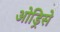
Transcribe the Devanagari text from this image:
ओड्रिसे